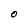
Character: O